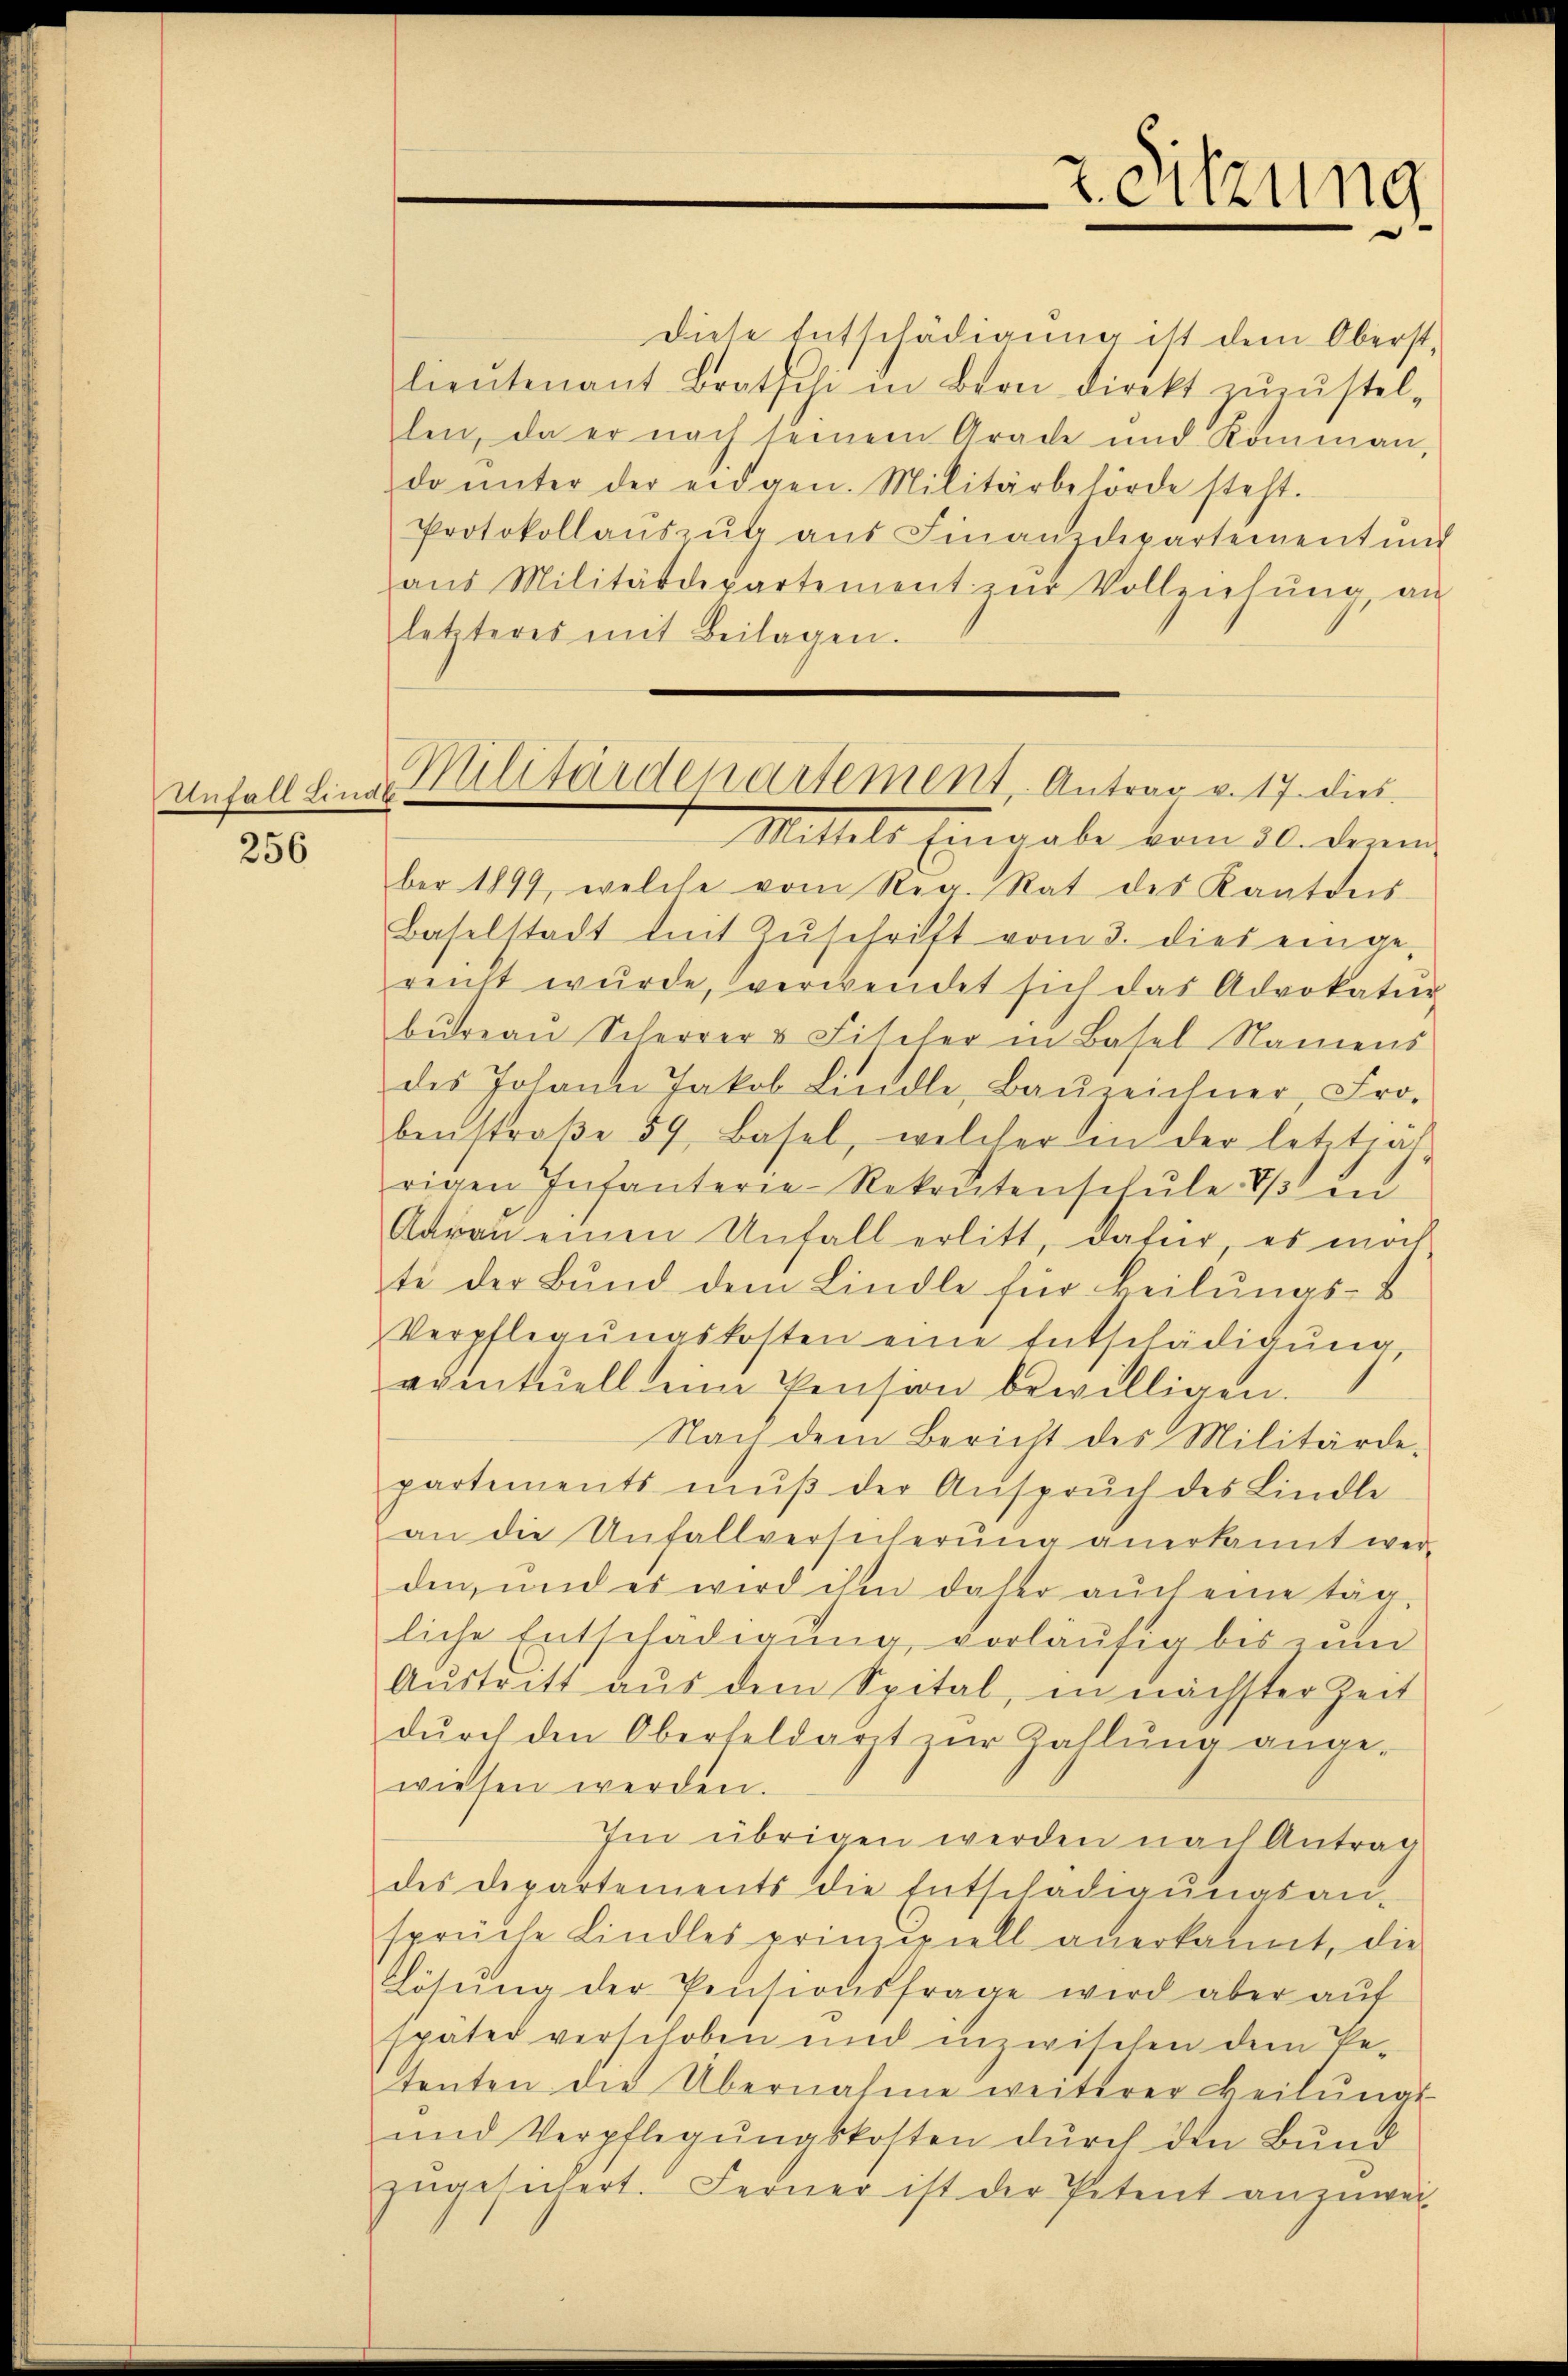
Unfall Lind

256

Diese Entschädigŭng ist dem Oberst
lieutenant Bratschi in Bern direkt zŭzŭstel-
len, da er nach seinem Grade und Kommen,
da ŭnter der eidgen. Militärbehörde steht.
Protokollaŭszŭg aŭs Finanzdepartement ŭn-
aŭs Militärdepartement zŭr Vollziehŭng, an
letzteres mit Beilagen.
Mittels Eingabe vom 30. denn
ber 1899, welche vom Reg. Rat des Kantons
Baselstadt mit Zŭschrift vom 3. dies einge-
reicht wŭrde, verwendet sich das Advokatur
bŭreau Scherrer u Fitzler in Basel Namens
des Johann Jakob Lindle, Baŭzeichner, Fro-
benstraβe 59, Basel, welcher in der letzt hät
rigen Infanterie-Rekrutenschŭle es in
Aarau einen Unfall erlitt, dafür, es noch
te der Bund dem Lindle für Heilungs-B
Verpflegungskosten eine Entschädigung
eventuell eine Pension bewilligen.
Nach dem Bericht des Militärde-
partements mŭβ der Ansprŭch des Lindle
an die Unfallversicherŭng anerkannt wer-
den, und es wird ihm daher auch eine täg
liche Entschädigung, vorläŭfig bis zum
Aŭstritt aus dem Spital, in nächster Zeit
dŭrch den Oberfeldart zŭr Zallŭng ange-
wiesen werden.
Im übrigen werden nach Antrag
des Departements die Entschädigŭngsan-
sprüche Lindles prinzipiell anerkannt, die
Lösŭng der Pensionsfrage wird aber aŭf
später verschoben und inzwischen dem Be-
tenten die Übernahme weiterer Heilŭngs-
und Verpflegŭngskosten dŭrch den Bŭnd
zugesichert. Ferner ist der Petent anzuwei

Militärdepartement, Antrag v. 17. dies

2. Sitzung